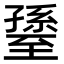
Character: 𦥊